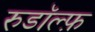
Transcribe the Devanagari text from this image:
रुडॉल्फ़